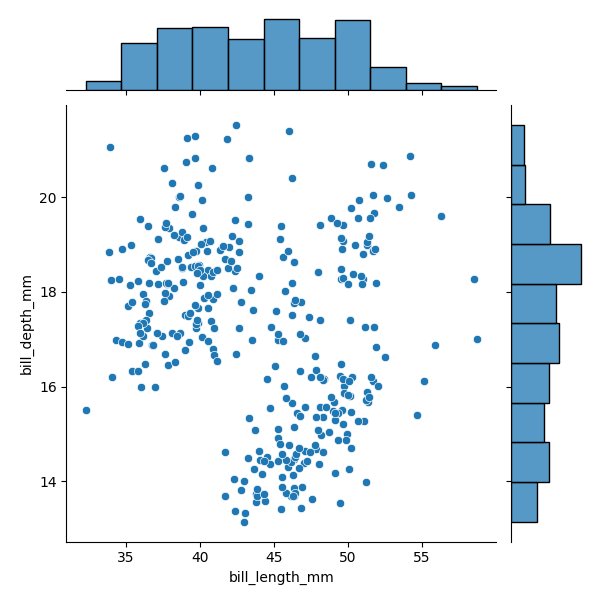
python, seaborn, JointGrid, scatterplot, histplot